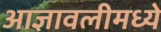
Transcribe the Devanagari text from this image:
आज्ञावलीमध्ये